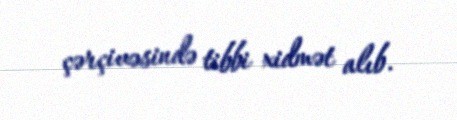
çərçivəsində tibbi xidmət alıb.